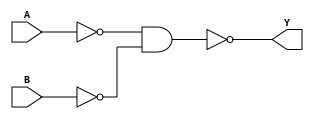
module OR(Y,A,B);
	input A,B;
	output Y;
	wire x,z;
	nand (x,A,A);
	nand (z,B,B);
	nand (Y,x,z);
endmodule

module HALF_ADDER(COUT,SUM,IN0,IN1);
	input IN0,IN1;
	output COUT,SUM;
	wire t1,t2,t3;
	nand(t1,IN0,IN1);
	nand(t2,t1,IN0);
	nand(t3,t1,IN1);
	nand(SUM,t2,t3);
	nand(COUT,t1,t1);
endmodule  	

module FULL_ADDER(COUT,SUM,IN0,IN1,CIN);
	input IN0,IN1,CIN;
	output COUT,SUM;
	wire wc1,wc2,wsum;
	HALF_ADDER Half_Adder_1(wc,wsum,IN0,IN1);
	HALF_ADDER Half_Adder_2(wc2,SUM,wsum,CIN);
	OR or_1(COUT,wc,wc2);
endmodule

module TESTBENCH_FULL_ADDER;
	wire sum,carry;
	reg [2:0]in;
	FULL_ADDER full_adder_1(carry,sum,in[0],in[1],in[2]);
	integer i;	
	initial
		begin
		i=0;
		while(i<=7)
		begin
		in=i;
		#5 i=i+1;
		end
		#100 $finish;
	end
endmodule